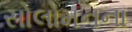
સોલોમનના